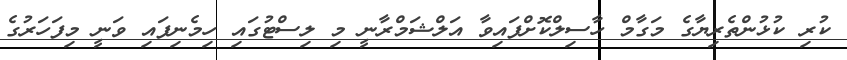
ކުރި ކުޅުންތެރިޔާގެ މަގާމް ހާސިލްކޮށްފައިވާ އަލްޝަމްރާނީ މި ލިސްޓުގައި ހިމެނިފައި ވަނީ މިފަހަރުގެ